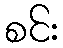
စင်း